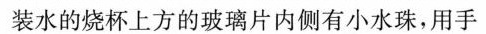
装水的烧杯上方的玻璃片内侧有小水珠，用手